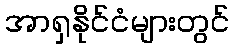
အာရှနိုင်ငံများတွင်